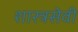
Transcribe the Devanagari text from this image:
शास्त्रसेवी